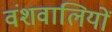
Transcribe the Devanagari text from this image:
वंशवालियों